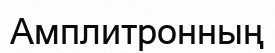
Амплитронның